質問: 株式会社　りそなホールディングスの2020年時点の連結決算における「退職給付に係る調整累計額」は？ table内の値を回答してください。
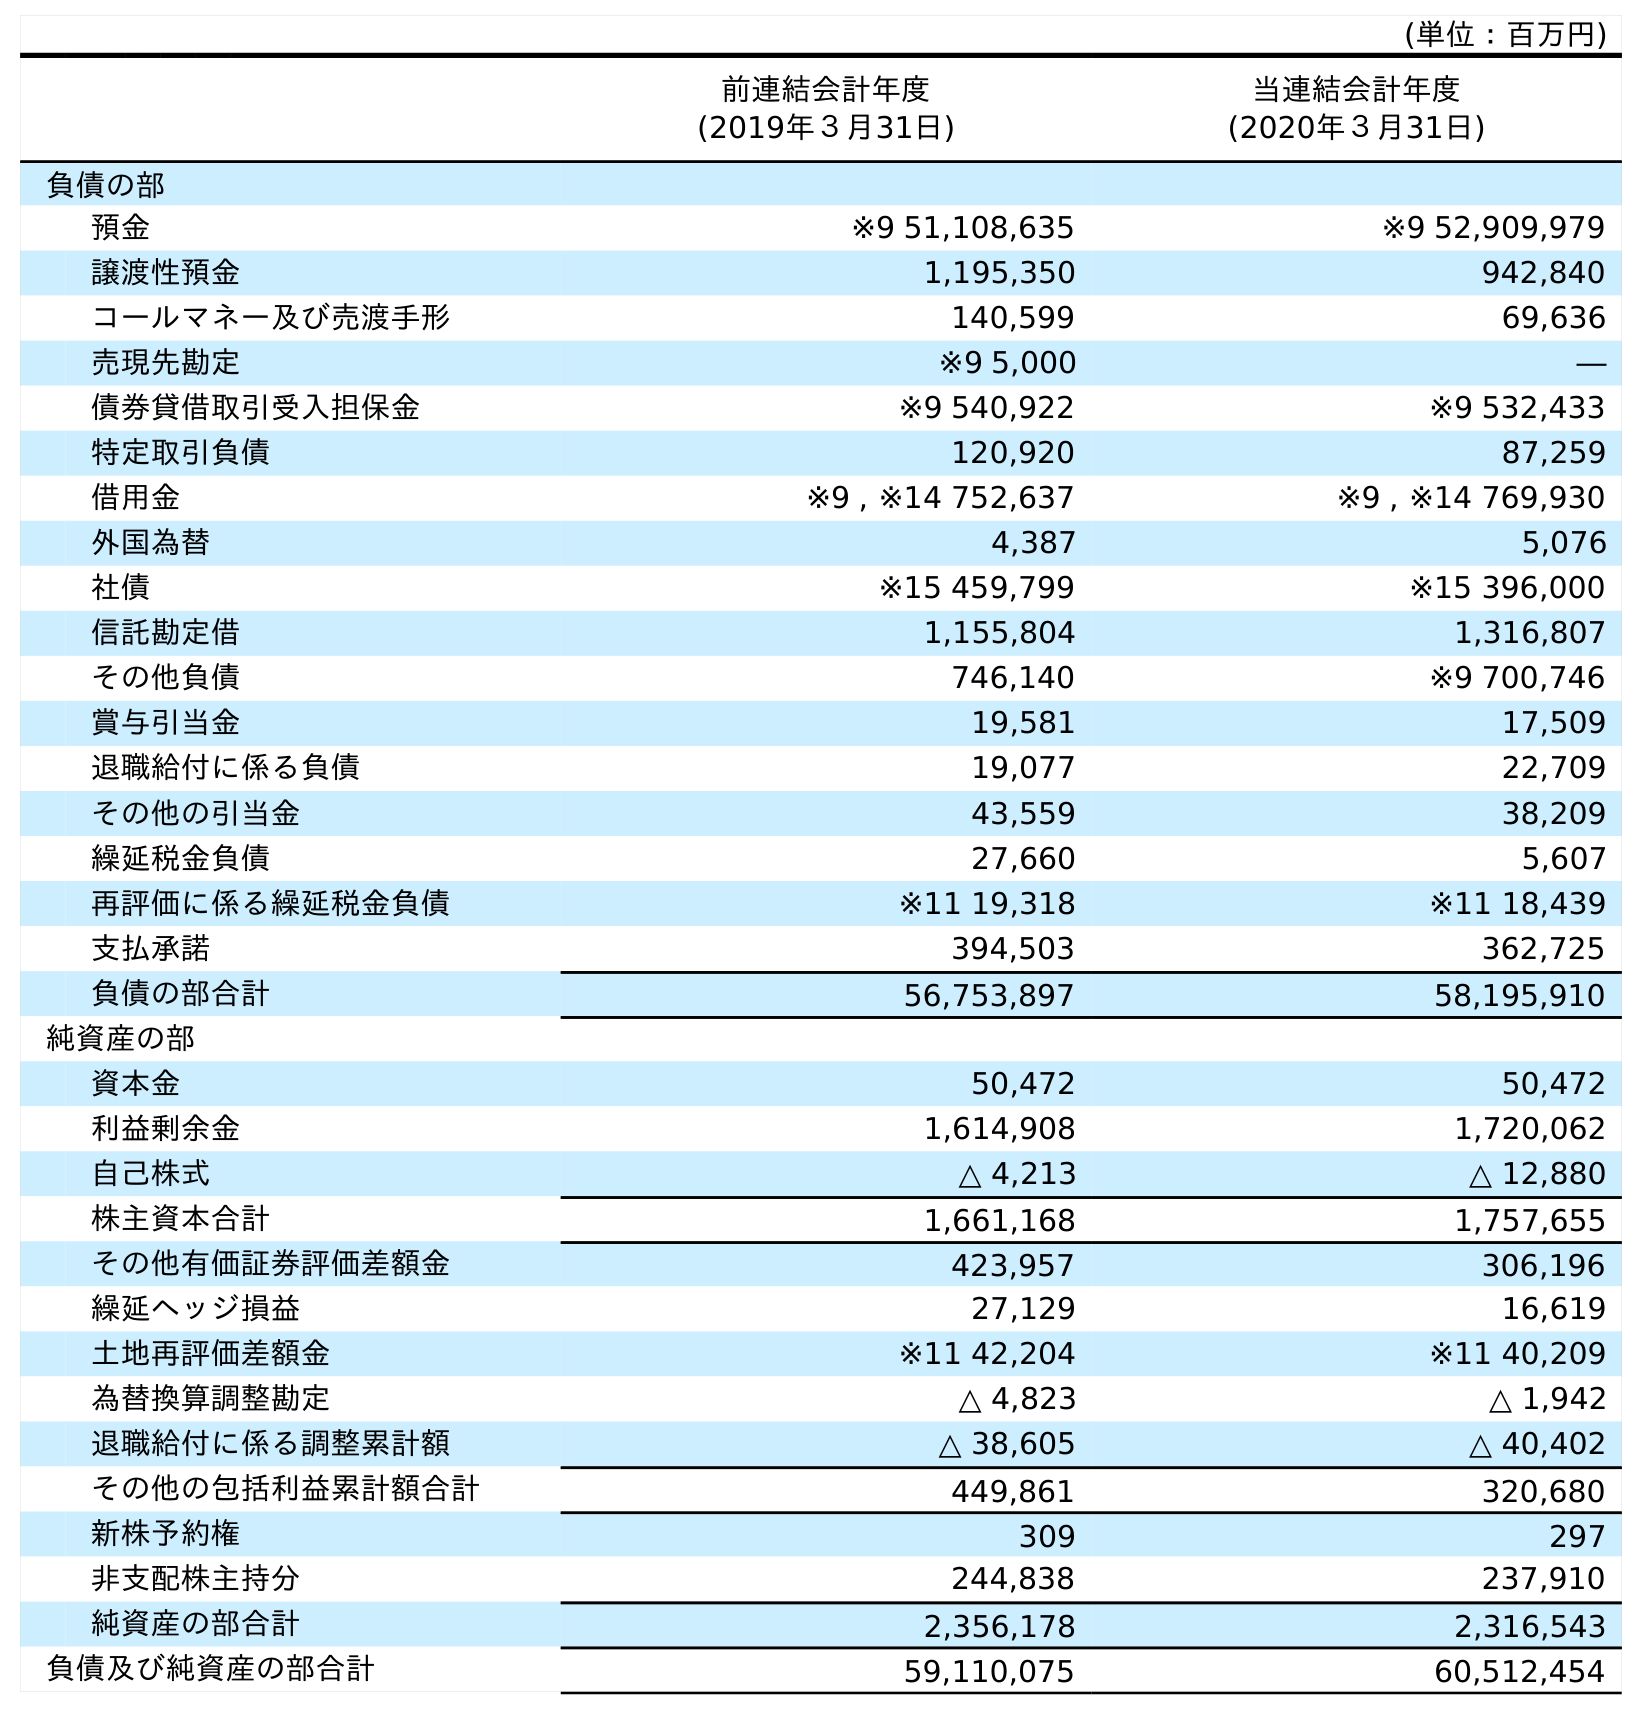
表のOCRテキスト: (単位：百万円) 前連結会計年度 (2019年３月31日) 当連結会計年度 (2020年３月31日) 負債の部 預金 ※9 51,108,635 ※9 52,909,979 譲渡性預金 1,195,350 942,840 コールマネー及び売渡手形 140,599 69,636 売現先勘定 ※9 5,000 ― 債券貸借取引受入担保金 ※9 540,922 ※9 532,433 特定取引負債 120,920 87,259 借用金 ※9 , ※14 752,637 ※9 , ※14 769,930 外国為替 4,387 5,076 社債 ※15 459,799 ※15 396,000 信託勘定借 1,155,804 1,316,807 その他負債 746,140 ※9 700,746 賞与引当金 19,581 17,509 退職給付に係る負債 19,077 22,709 その他の引当金 43,559 38,209 繰延税金負債 27,660 5,607 再評価に係る繰延税金負債 ※11 19,318 ※11 18,439 支払承諾 394,503 362,725 負債の部合計 56,753,897 58,195,910 純資産の部 資本金 50,472 50,472 利益剰余金 1,614,908 1,720,062 自己株式 △ 4,213 △ 12,880 株主資本合計 1,661,168 1,757,655 その他有価証券評価差額金 423,957 306,196 繰延ヘッジ損益 27,129 16,619 土地再評価差額金 ※11 42,204 ※11 40,209 為替換算調整勘定 △ 4,823 △ 1,942 退職給付に係る調整累計額 △ 38,605 △ 40,402 その他の包括利益累計額合計 449,861 320,680 新株予約権 309 297 非支配株主持分 244,838 237,910 純資産の部合計 2,356,178 2,316,543 負債及び純資産の部合計 59,110,075 60,512,454
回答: △40,402